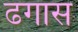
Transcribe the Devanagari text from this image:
ढगास